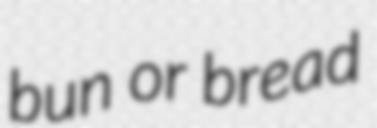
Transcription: bun or bread